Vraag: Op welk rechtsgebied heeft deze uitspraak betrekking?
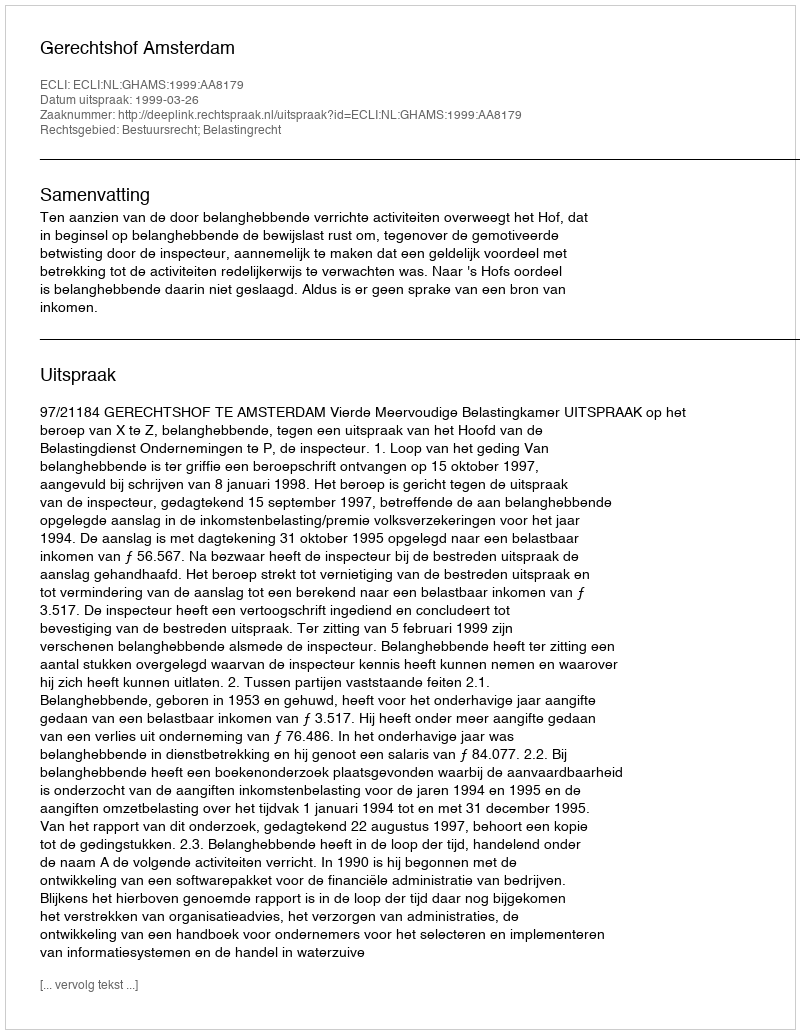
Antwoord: Bestuursrecht; Belastingrecht